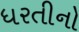
ધરતીનો